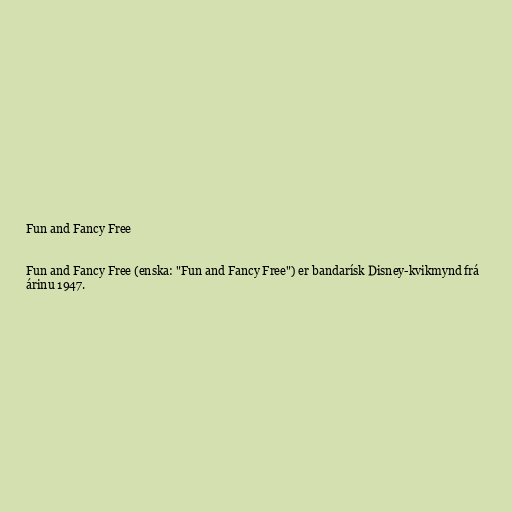
Fun and Fancy Free

Fun and Fancy Free (enska: "Fun and Fancy Free") er bandarísk Disney-kvikmynd frá
árinu 1947.